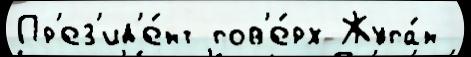
Пр'ез'ид'е́нт пов'е́рх Жупа́н